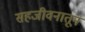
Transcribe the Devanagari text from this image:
सहजीवनातून